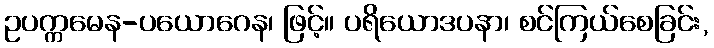
ဥပက္ကမေန-ပယောဂေန၊ ဖြင့်။ ပရိယောဒပနာ၊ စင်ကြယ်စေခြင်း,